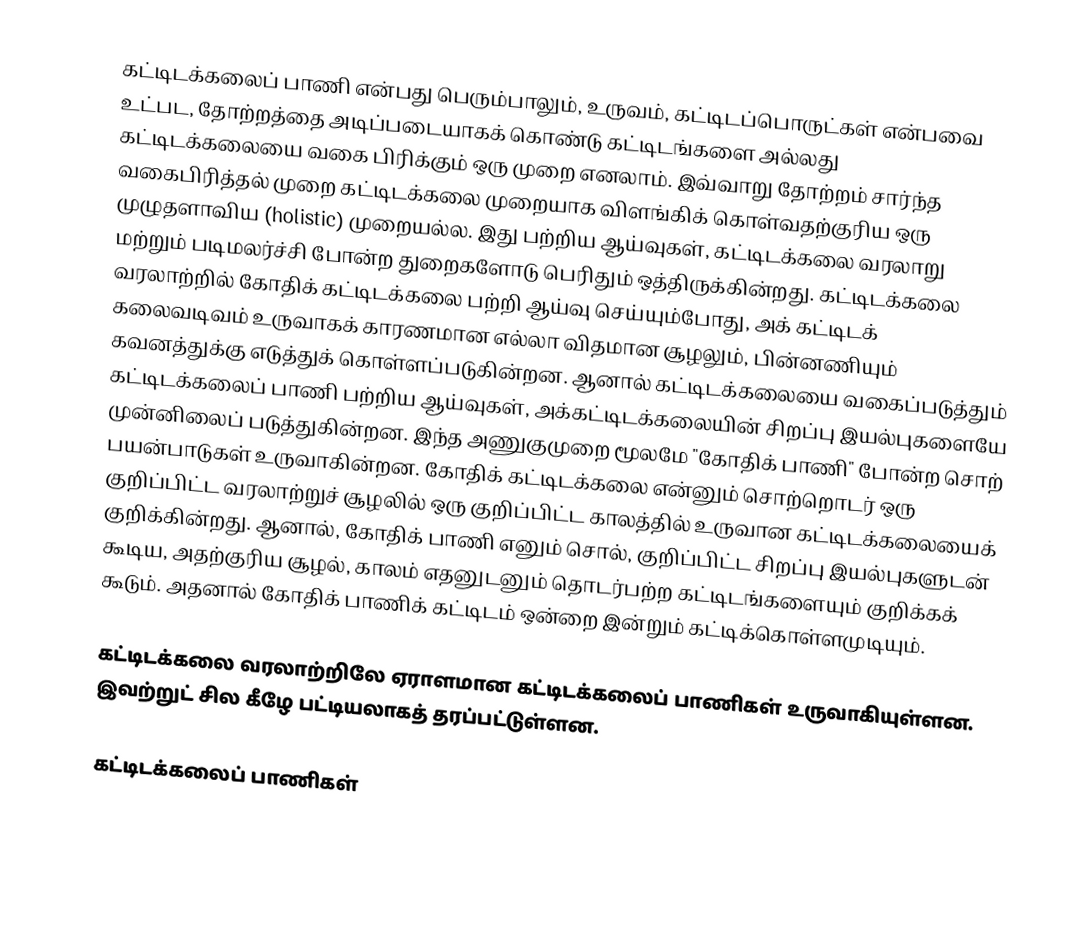
கட்டிடக்கலைப் பாணி என்பது பெரும்பாலும், உருவம், கட்டிடப்பொருட்கள் என்பவை உட்பட, தோற்றத்தை அடிப்படையாகக் கொண்டு கட்டிடங்களை அல்லது கட்டிடக்கலையை வகை பிரிக்கும் ஒரு முறை எனலாம். இவ்வாறு தோற்றம் சார்ந்த வகைபிரித்தல் முறை கட்டிடக்கலை முறையாக விளங்கிக் கொள்வதற்குரிய ஒரு முழுதளாவிய (holistic) முறையல்ல. இது பற்றிய ஆய்வுகள், கட்டிடக்கலை வரலாறு மற்றும் படிமலர்ச்சி போன்ற துறைகளோடு பெரிதும் ஒத்திருக்கின்றது. கட்டிடக்கலை வரலாற்றில் கோதிக் கட்டிடக்கலை பற்றி ஆய்வு செய்யும்போது, அக் கட்டிடக் கலைவடிவம் உருவாகக் காரணமான எல்லா விதமான சூழலும், பின்னணியும் கவனத்துக்கு எடுத்துக் கொள்ளப்படுகின்றன. ஆனால் கட்டிடக்கலையை வகைப்படுத்தும் கட்டிடக்கலைப் பாணி பற்றிய ஆய்வுகள், அக்கட்டிடக்கலையின் சிறப்பு இயல்புகளையே முன்னிலைப் படுத்துகின்றன. இந்த அணுகுமுறை மூலமே "கோதிக் பாணி" போன்ற சொற் பயன்பாடுகள் உருவாகின்றன.  கோதிக் கட்டிடக்கலை என்னும் சொற்றொடர் ஒரு குறிப்பிட்ட வரலாற்றுச் சூழலில் ஒரு குறிப்பிட்ட காலத்தில் உருவான கட்டிடக்கலையைக் குறிக்கின்றது. ஆனால், கோதிக் பாணி எனும் சொல், குறிப்பிட்ட சிறப்பு இயல்புகளுடன் கூடிய, அதற்குரிய சூழல், காலம் எதனுடனும் தொடர்பற்ற கட்டிடங்களையும் குறிக்கக் கூடும். அதனால் கோதிக் பாணிக் கட்டிடம் ஒன்றை இன்றும் கட்டிக்கொள்ளமுடியும்.

கட்டிடக்கலை வரலாற்றிலே ஏராளமான கட்டிடக்கலைப் பாணிகள் உருவாகியுள்ளன. இவற்றுட் சில கீழே பட்டியலாகத் தரப்பட்டுள்ளன.

கட்டிடக்கலைப் பாணிகள்